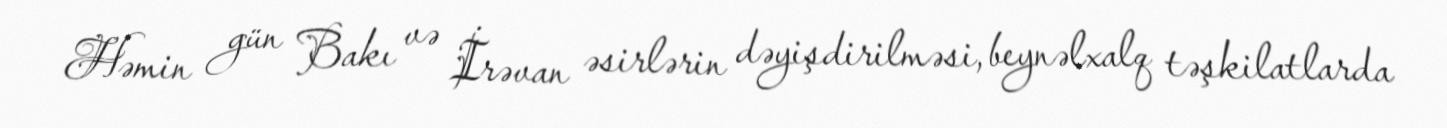
Həmin gün Bakı və İrəvan əsirlərin dəyişdirilməsi, beynəlxalq təşkilatlarda